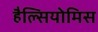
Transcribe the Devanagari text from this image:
हैल्सियोमिस